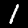
Label: 1